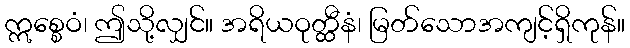
ဣစ္စေဝံ၊ ဤသို့လျှင်။ အရိယဝုတ္ထီနံ၊ မြတ်သောအကျင့်ရှိကုန်။